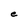
Character: e